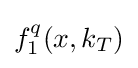
f_{1}^{q}(x,k_{T})